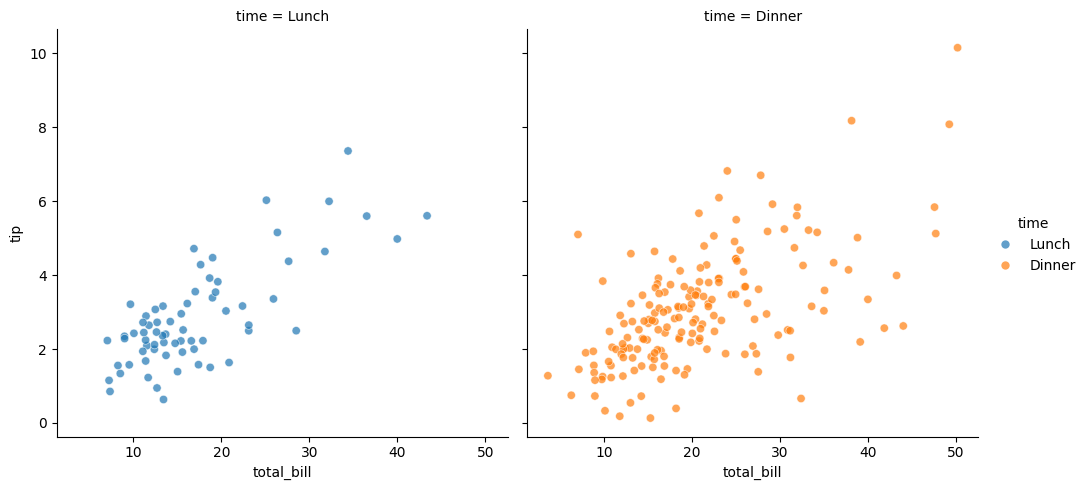
python, seaborn, relplot, alpha=0.7